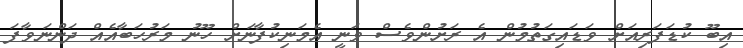
އިބޫ ކުޑަފަރިއަށް ވަޑައިގަތުމުން އެ ރަށުންވެސް ވަނީ އެމަނިކުފާނަށް ހޫނު މަރުހަބާއެއް ދަންނަވާފަ